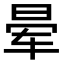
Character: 晕